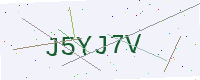
Text: J5YJ7V